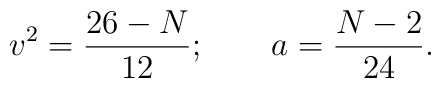
v^2 = \frac{26-N}{12}; \qquad a = \frac{N-2}{24}.